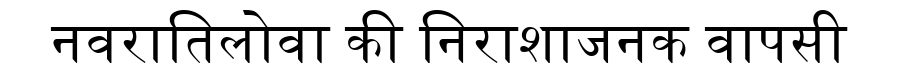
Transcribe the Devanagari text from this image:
नवरातिलोवा की निराशाजनक वापसी